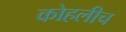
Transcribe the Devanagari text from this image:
कोहलीच